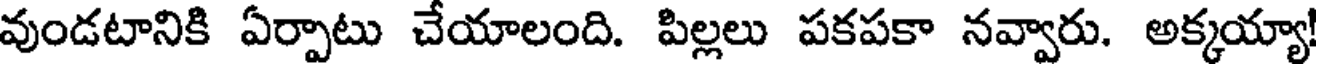
వుండటానికి ఏర్పాటు చేయాలంది. పిల్లలు పకపకా నవ్వారు. అక్కయ్యా